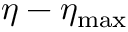
\eta - \eta _ { \mathrm { m a x } }